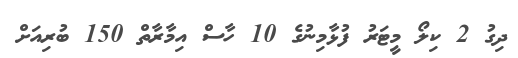
ދިގު 2 ކިލޯ މީޓަރު ފުޅާމިނުގެ 10 ހާސް އިމާރާތް 150 ބުރިއަށް